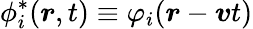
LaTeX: \phi_{i}^{*}(\boldsymbol{r},t)\equiv\varphi_{i}(\boldsymbol{r}-\boldsymbol{v}t)